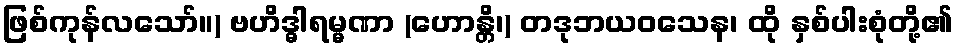
ဖြစ်ကုန်လသော်။) ဗဟိဒ္ဓါရမ္မဏာ (ဟောန္တိ၊) တဒုဘယဝသေန၊ ထို နှစ်ပါးစုံတို့၏